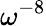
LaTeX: \omega^{-8}